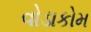
વોડાકોમ